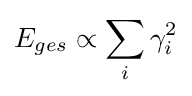
E_{ges}\propto \sum _{i}\gamma _{i}^{2}